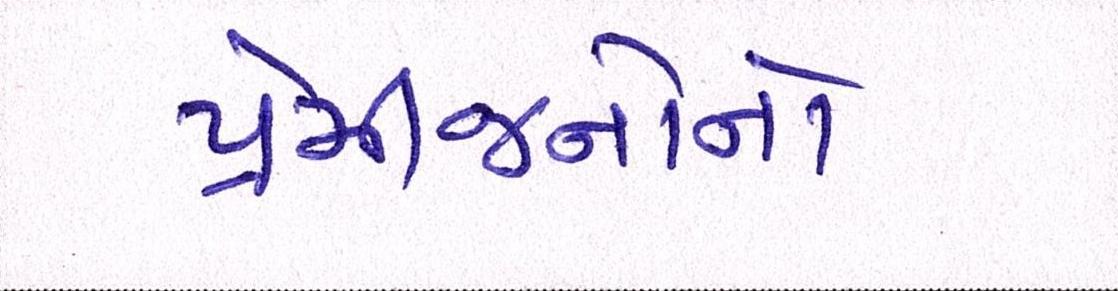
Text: પ્રેમીજનોનો